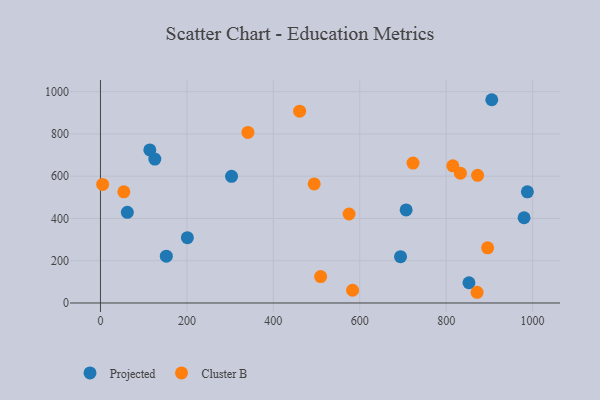
{"axis": {"x": "Price", "y": "Profit"}, "legend": ["Cluster B", "Projected"], "data": [{"x": "62.2", "y": 428.8, "type": "Projected"}, {"x": "707.3", "y": 440.5, "type": "Projected"}, {"x": "987.9", "y": 525.7, "type": "Projected"}, {"x": "152.4", "y": 221.3, "type": "Projected"}, {"x": "905.5", "y": 961.6, "type": "Projected"}, {"x": "201.1", "y": 308.8, "type": "Projected"}, {"x": "303.3", "y": 599.0, "type": "Projected"}, {"x": "852.7", "y": 95.8, "type": "Projected"}, {"x": "980.3", "y": 403.3, "type": "Projected"}, {"x": "694.4", "y": 219.1, "type": "Projected"}, {"x": "114.2", "y": 723.9, "type": "Projected"}, {"x": "125.8", "y": 680.8, "type": "Projected"}, {"x": "895.9", "y": 261.0, "type": "Cluster B"}, {"x": "832.9", "y": 613.9, "type": "Cluster B"}, {"x": "575.3", "y": 421.1, "type": "Cluster B"}, {"x": "54.1", "y": 526.1, "type": "Cluster B"}, {"x": "583.4", "y": 60.2, "type": "Cluster B"}, {"x": "723.3", "y": 662.1, "type": "Cluster B"}, {"x": "5.0", "y": 560.7, "type": "Cluster B"}, {"x": "460.9", "y": 907.2, "type": "Cluster B"}, {"x": "341.2", "y": 807.0, "type": "Cluster B"}, {"x": "872.7", "y": 604.1, "type": "Cluster B"}, {"x": "494.6", "y": 563.1, "type": "Cluster B"}, {"x": "815.4", "y": 648.9, "type": "Cluster B"}, {"x": "509.5", "y": 125.2, "type": "Cluster B"}, {"x": "871.5", "y": 50.7, "type": "Cluster B"}]}